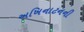
અખિનાટનની